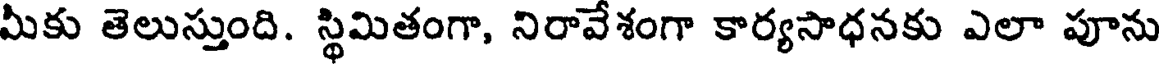
మీకు తెలుస్తుంది. స్థిమితంగా, నిరావేశంగా కార్యసాధనకు ఎలా పూను